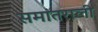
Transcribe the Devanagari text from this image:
समांतराली